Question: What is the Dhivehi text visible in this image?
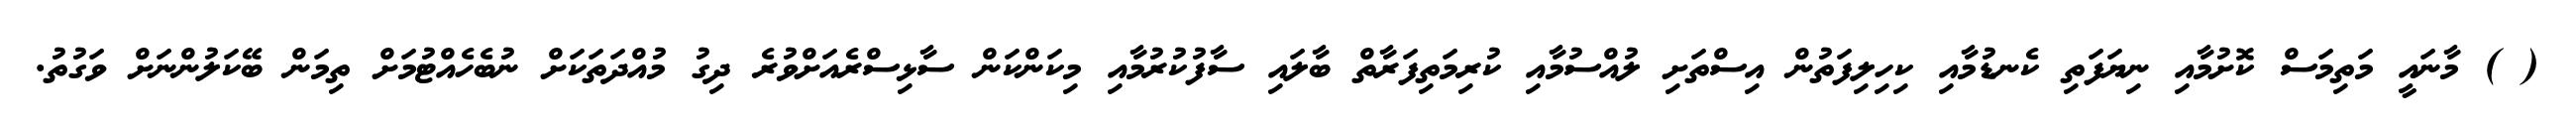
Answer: ( ) މާނައީ މަތިމަސް ކޮށުމާއި ނިޔަފަތި ކެނޑުމާއި ކިހިލިފަތުން އިސްތަށި ލުއްސުމާއި ކުރިމަތިފަރާތް ބާލައި ސާފުކުރުމާއި މިކަންކަން ސާޅިސްރެއަށްވުރެ ދިގު މުއްދަތަކަށް ނުބެހެއްޓުމަށް ތިމަން ބޭކަލުންނަށް ވަގުތު.